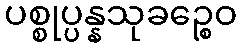
ပစ္စုပ္ပန္နသုခဉ္စေဝ